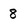
Character: 8